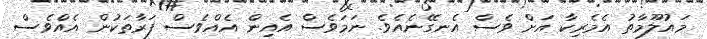
މައުލޫމާތު އެމެރިކާ އަށް ވެސް އެނގޭނެއެވެ. ނަމަވެސް އެއިން އެއްވެސް ފަރާތަކުން އެއްވެސް